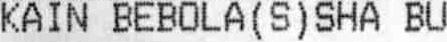
KAIN BEBOLA (S) SHA BU